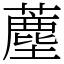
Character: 薼